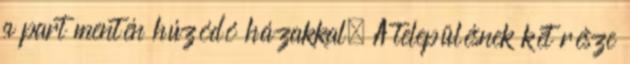
a part mentén húzódó házakkal. A településnek két része